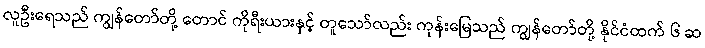
လူဦးရေသည် ကျွန်တော်တို့ တောင် ကိုရီးယားနှင့် တူသော်လည်း ကုန်းမြေသည် ကျွန်တော်တို့ နိုင်ငံထက် ၆ ဆ